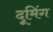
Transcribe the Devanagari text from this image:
दूमिंग